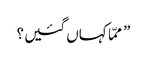
” ممّا کہاں گئیں ؟